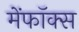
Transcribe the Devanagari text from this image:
मेंफॉक्स